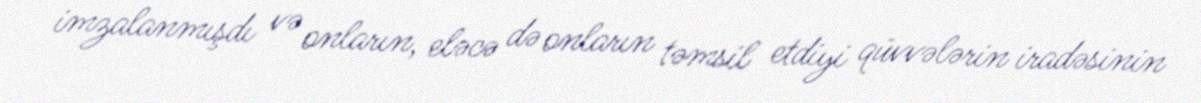
imzalanmışdı və onların, eləcə də onların təmsil etdiyi qüvvələrin iradəsinin